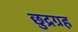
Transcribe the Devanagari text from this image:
छुद्रग्रह